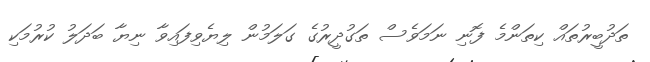
ތަދުބީރުތައް ކިތަންމެ ފޮނި ނަމަވެސް ތަގުދީރުގެ ގަލަމުން ލިޔެވިފައިވާ ނިޔާ ބަދަލު ކުރުމަކި